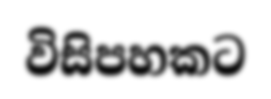
විසිපහකට